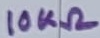
Text: 10KΩ